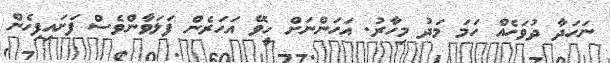
ނަހަދާ ދުވަހެއް ހަމަ މަދު މިހާރު. އަހަންނަށް ހީވޭ އަހަރެން ފަލަވާންވެސް ފަށައިފިހެން